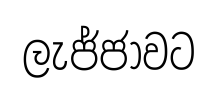
ලැජ්ජාවට